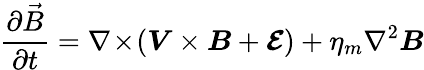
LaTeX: \frac{\partial\vec{B}}{\partial t}=\nabla\! \times\! \left(\boldsymbol{V}\times\boldsymbol{B}+\boldsymbol{\mathcal{E}}\right)+\eta_{m}\nabla^{2}\boldsymbol{B}